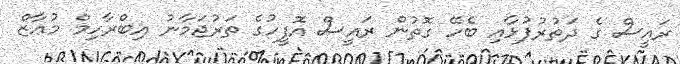
ރައީސް ގެ ދަތުރުފުޅާއި ބެހޭ ގޮތުން ރައީސް އޮފީހުގެ ތަރުުޖަމާނު އިބްރާހިމް މުޢާޒް